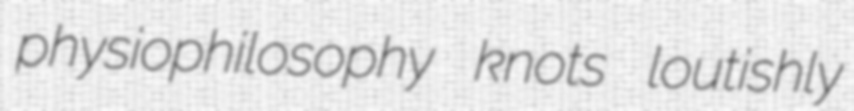
physiophilosophy knots loutishly